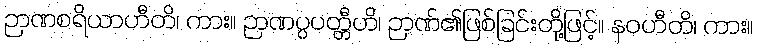
ဉာဏစရိယာဟီတိ၊ ကား။ ဉာဏပ္ပပတ္တီဟိ၊ ဉာဏ်၏ဖြစ်ခြင်းတို့ဖြင့်။ နဝဟီတိ၊ ကား။